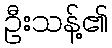
ဦးသန့်၏